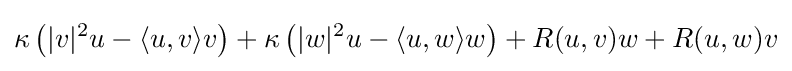
\kappa \left(|v|^{2}u-\langle u,v\rangle v\right)+\kappa \left(|w|^{2}u-\langle u,w\rangle w\right)+R(u,v)w+R(u,w)v